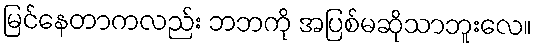
မြင်နေတာကလည်း ဘဘကို အပြစ်မဆိုသာဘူးလေ။